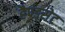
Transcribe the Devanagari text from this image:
हैण्ड्सेट